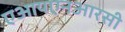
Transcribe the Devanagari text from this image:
एआयएनआरसी